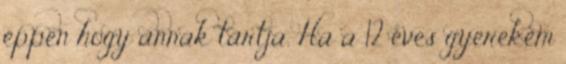
éppen hogy annak tartja. Ha a 12 éves gyerekem